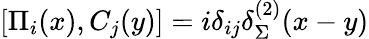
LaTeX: \left[\Pi_{i}(x),C_{j}(y)\right]=i\delta_{ij}\delta_{\Sigma}^{(2)}(x-y)